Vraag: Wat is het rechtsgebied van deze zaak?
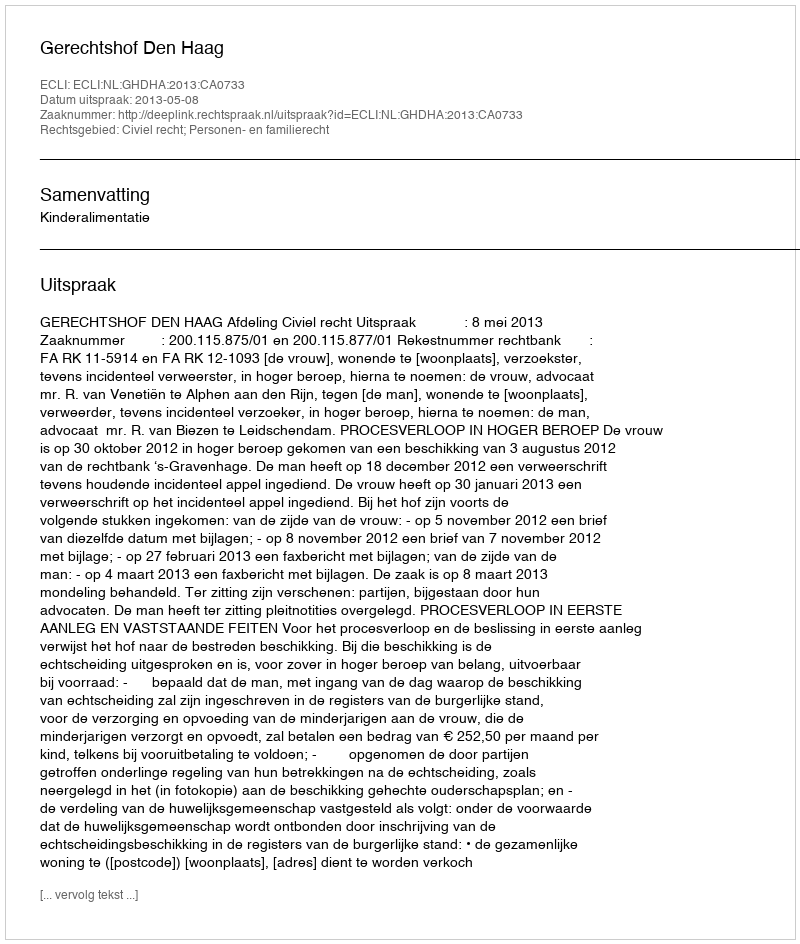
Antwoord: Civiel recht; Personen- en familierecht